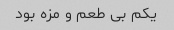
یکم بی طعم و مزه بود